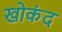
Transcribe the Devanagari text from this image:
खोकंद